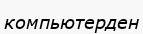
компьютерден